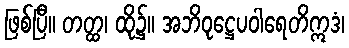
ဖြစ်ပြီ။ တတ္ထ၊ ထို၌။ အဘိဝုဋ္ဌေပဝါရေတိဣဒံ၊